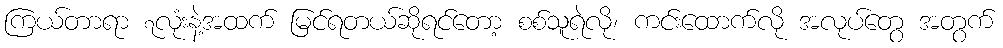
ကြယ်တာရာ ၇လုံးနဲ့အထက် မြင်ရတယ်ဆိုရင်တော့ စစ်သူရဲလို၊ ကင်းထောက်လို အလုပ်တွေ အတွက်